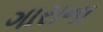
ગારાના